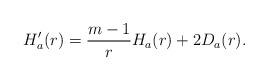
LaTeX: \begin{align*}H_a'(r) = \frac{m-1}{r} H_a(r) + 2D_a(r).\end{align*}